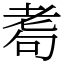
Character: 耈